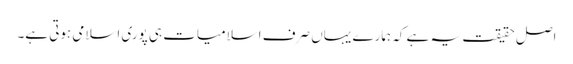
اصل حقیقت یہ ہے کہ ہمارے یہاں صرف اسلامیات ہی پوری اسلامی ہوتی ہے۔